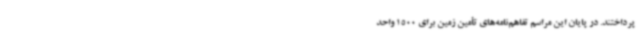
پرداختند. در پایان این مراسم تفاهم‌نامه‌های تأمین زمین برای 1500 واحد